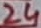
Text: 24